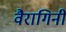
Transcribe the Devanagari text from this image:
वैरागिनी